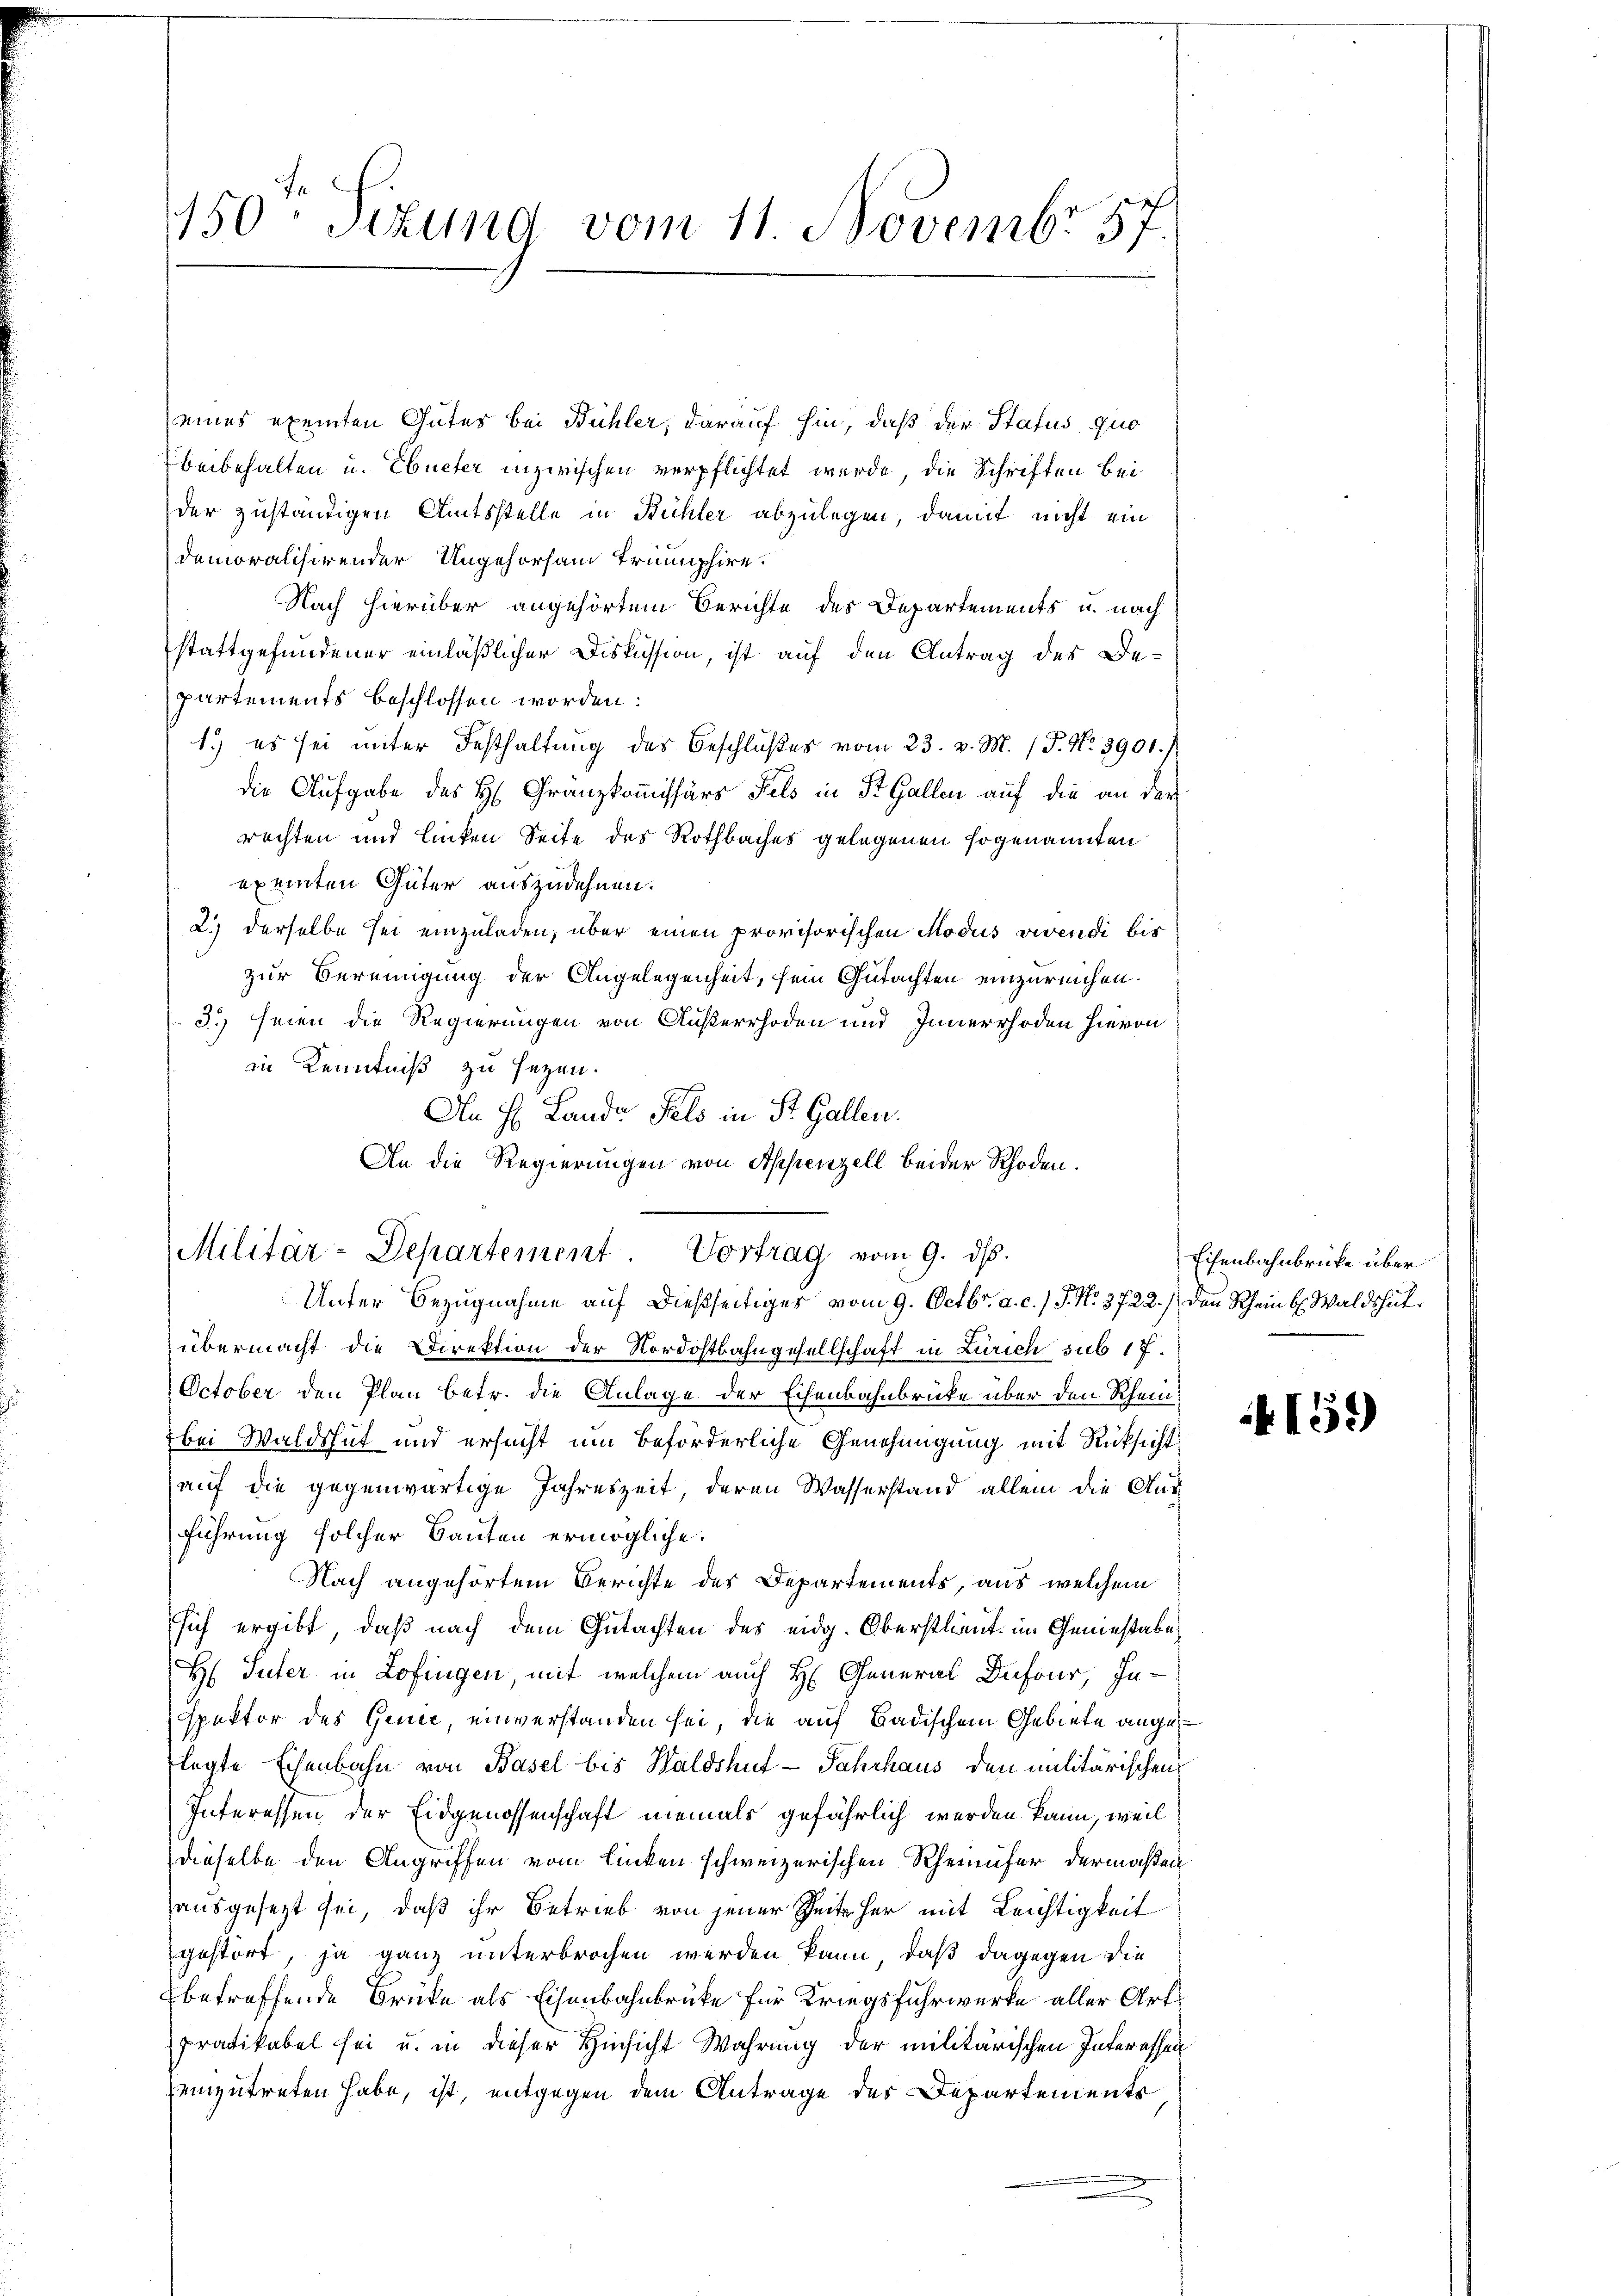
1150 Sizung vom 11. Novembr 57.

eines exemten Gutes bei Bühler, darauf hin, daß der Status quo
beibehalten u. Ebneter inzwischen verpflichtet werde, die Schriften bei
der zuständigen Amtsstelle in Bühler abzulegen, damit nicht ein
demoralisirender Ungehorsam Trumphire.
Nach hierüber angehörtem Berichte des Departements u. nach
stattgefundener einläßlicher Diskussion, ist auf den Antrag des Bepartements beschlossen worden:
1.) es sei unter Festhaltung des Beschlußes vom 23. v. M. (T. No. 3901./
die Aufgabe des H. Granzkommissärs Fels in St. Gallen auf die an der
rechten und linken Seite des Rothbaches gelegenen sogenannten
exemten Güter auszudehnen.
2.) derselbe sei einzuladen, über einen provisorischen Modus vivendi bis
zur Vereinigung der Angelegenheit, sein Gutachten einzureichen.
3.) seien die Regierungen von Außerrhoden und Innerrhoden hievon
in Kenntniß zu sezen.
An H. Lande Fels in St. Gallen.
An die Regierungen von Appenzell beider Rhoden.
Unter Bezugnahme auf dießseitiges vom 9. Octbr. a. c. / J. N. 3722.) Den Rheint. Waldshut
übermacht die Direktion der Nordostbahngesellschaft in Zürich sub 17.
October den Plan betr. die Anlage der Eisenbahnbrücke über den Rheinbei Waldshut und ersucht um beförderliche Genehmigung mit Rücksicht
auf die gegenwärtige Jahreszeit, deren Wasserstand allein die Ausführung solcher Bauten ermögliche.
Nach angehörtem Berichte des Departements, aus welchem
sich ergibt, daß nach dem Gutachten des eidg. Oberstlieut. im Geniestabe
H Suter in Zofingen, mit welchem auch H. General Dufour, Inspektor des Genie, einverstanden sei, die auf Badischem Gebiete angerlegte Eisenbahn von Basel bis Haldshut - Jahrhaus den malitärischens
Interessen der Eidgenossenschaft niemals gefährlich werden kann, weil
dieselbe den Angriffen vom linken schweizerischen Rheinufer dermaßen
ausgesezt sei, daß ihr Betrieb von jener Zeit her mit Leichtigkeit
gestört, ja ganz unterbrochen werden kann, daß dagegen die
betreffende Brüke als Eisenbahnbrüke für Kriegsfuhrwerke aller Art
pratikabel sei u. in dieser Hinsicht Wahrung der militärischen Interessen
einzutreten habe, ist, entgegen dem Antrage des Departements

Militär-Departement. Vortrag vom 9. ds.

Eisenbahnbrücke über

158)